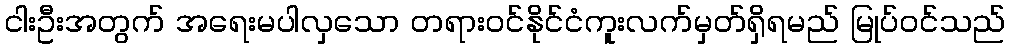
ငါးဦးအတွက် အရေးမပါလှသော တရားဝင်နိုင်ငံကူးလက်မှတ်ရှိရမည် မြုပ်ဝင်သည်